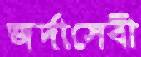
জর্দাসেবী